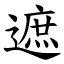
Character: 遮